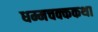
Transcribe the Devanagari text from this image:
धम्मचक्ककथा